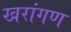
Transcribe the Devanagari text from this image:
खरांगण